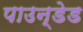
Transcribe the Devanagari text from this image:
पाउन्डेड